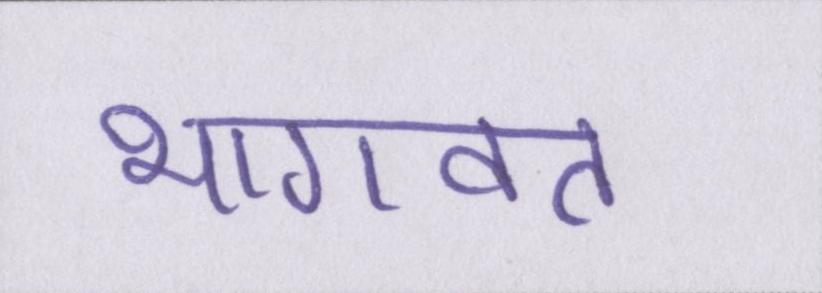
भागवत